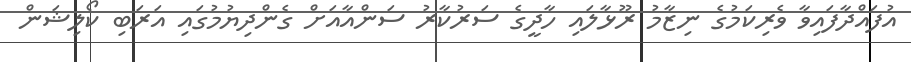
އުފައްދާފައިވާ ވެރިކަމުގެ ނިޒާމު ރޫޅާލައި ހާދީގެ ސަރުކާރު ސަންއާއަށް ގެންދިޔުމުގައި އަރަބި ކޯލިޝަން